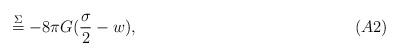
LaTeX: \begin{align*}\hspace*{5cm}\stackrel{\Sigma}{=}-8\pi G(\frac{\sigma}{2}-w), \hspace{5.5cm} (A2)\end{align*}